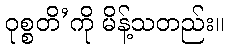
ဝုစ္စတိ’ကို မိန့်သတည်း။